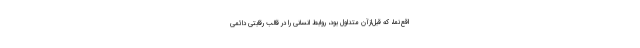
اقع‌نما، که قبل‌ازآن متداول بود، روابط انسانی را در قالب رقابتی دائمی